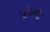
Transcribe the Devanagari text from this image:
प्रथेमुळे